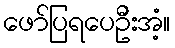
ဖော်ပြရပေဦးအံ့။